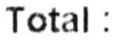
TOTAL :